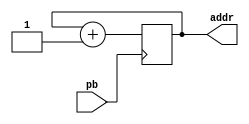
module addr_cnt ( pb,addr);

input pb;
output reg [ 3:0] addr;

always @(posedge pb)
	addr=addr+1;
	
endmodule